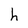
Character: h